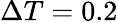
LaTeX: \Delta T=0.2